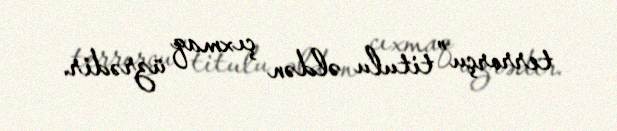
terrorçu” titulu əldən çıxmaq üzrədir.